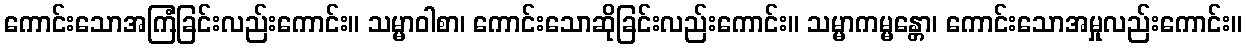
ကောင်းသောအကြံခြင်းလည်းကောင်း။ သမ္မာဝါစာ၊ ကောင်းသောဆိုခြင်းလည်းကောင်း။ သမ္မာကမ္မန္တော၊ ကောင်းသောအမှုလည်းကောင်း။